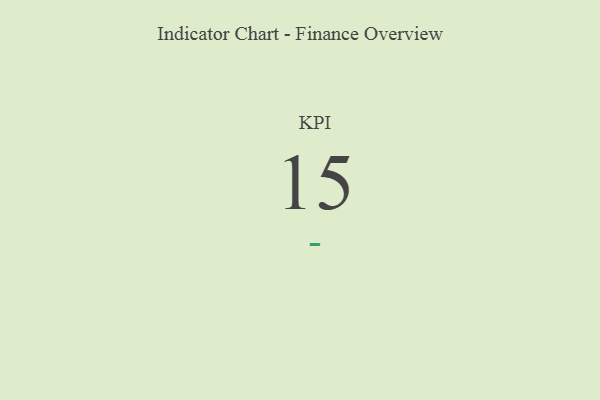
{"axis": {"x": "KPI", "y": "Value"}, "legend": [""], "data": [{"x": "KPI", "y": 15, "type": ""}]}